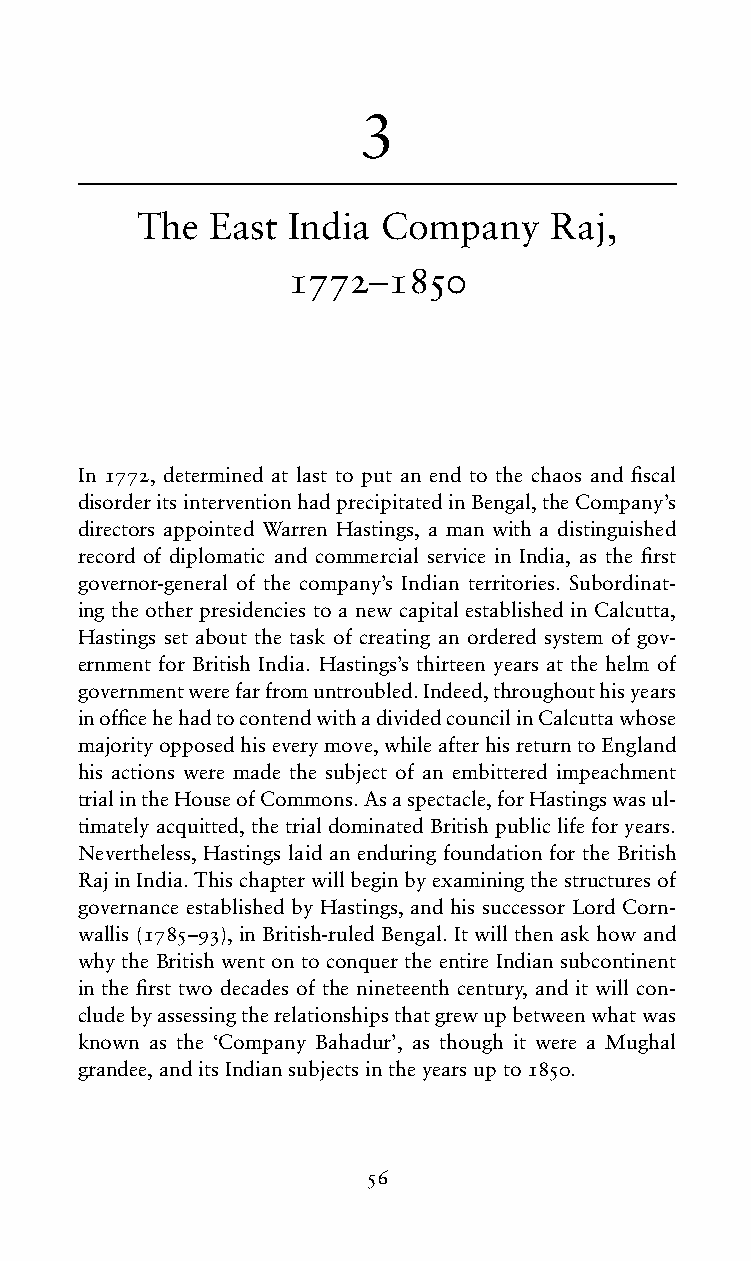
3
 The  East India Company    Raj,
 1772  1850
 –
 In 1772, determined at last to put an end to the chaos and fiscal
 disorderitsinterventionhadprecipitatedinBengal,theCompany’s
 directors appointed Warren Hastings, a man with a distinguished
 record of diplomatic and commercial service in India, as the first
 governor-general of the company’s Indian territories. Subordinat-
 ing the other presidencies to a new capital established in Calcutta,
 Hastings set about the task of creating an ordered system of gov-
 ernment for British India. Hastings’s thirteen years at the helm of
 governmentwerefarfromuntroubled.Indeed,throughouthisyears
 inofficehehadtocontendwithadividedcouncilinCalcuttawhose
 majorityopposedhiseverymove,whileafterhisreturntoEngland
 his actions were made the subject of an embittered impeachment
 trialintheHouseofCommons.Asaspectacle,forHastingswasul-
 timatelyacquitted,thetrialdominatedBritishpubliclifeforyears.
 Nevertheless, Hastings laid an enduring foundation for the British
 RajinIndia.Thischapterwillbeginbyexaminingthestructuresof
 governance established by Hastings, and his successor Lord Corn-
 wallis (1785–93), in British-ruled Bengal. It will then ask how and
 why the British went on to conquer the entire Indian subcontinent
 in the first two decades of the nineteenth century, and it will con-
 cludebyassessingtherelationshipsthatgrewupbetweenwhatwas
 known as the ‘Company Bahadur’, as though it were a Mughal
 grandee,anditsIndiansubjectsintheyearsupto1850.
 56